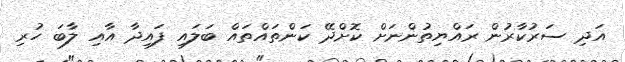
އަދި ސަރުކާރުން ރައްޔިތުންނަށް ކޮށްދޭ ކަންތައްތައް ބަލައި ފައިދާ އާއި ލާބަ ހުރި